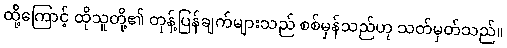
ထို့ကြောင့် ထိုသူတို့၏ တုန့်ပြန်ချက်များသည် စစ်မှန်သည်ဟု သတ်မှတ်သည်။